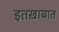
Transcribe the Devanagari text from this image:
इतख़ाबात